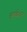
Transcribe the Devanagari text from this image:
अपवेदन